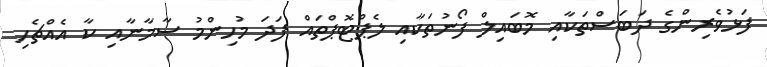
ފަޅުވެރިންގެ ދަބަސްތަކާއި މޮބައިލް ފޯނުތަކާއި ލެޕްޓޮޕްތައް ފަދަ މުހިންމު ސާމާނާއި ކާ އެއްޗެހި